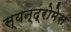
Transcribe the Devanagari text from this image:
स्यन्द्रोमेस